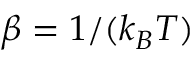
\beta = 1 / ( k _ { B } T )